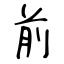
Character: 前